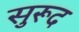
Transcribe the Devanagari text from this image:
सुरूद